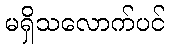
မရှိသလောက်ပင်